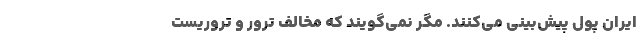
ایران پول پیش‌بینی می‌کنند. مگر نمی‌گویند که مخالف ترور و تروریست